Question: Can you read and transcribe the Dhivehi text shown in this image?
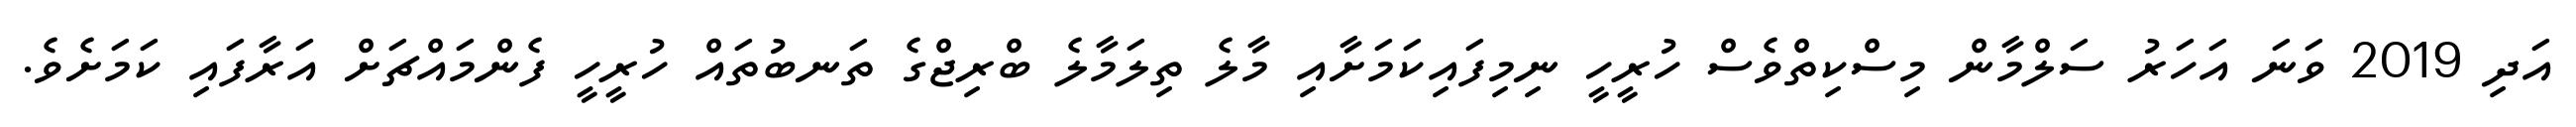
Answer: އަދި 2019 ވަނަ އަހަރު ސަލްމާން މިސްކިތްވެސް ހުރީހީ ނިމިފައިކަމަށާއި މާލެ ތިލަމާލެ ބްރިޖްގެ ތަނބުތައް ހުރީހީ ފެންމައްޗަށް އަރާފައި ކަމަށެވެ.